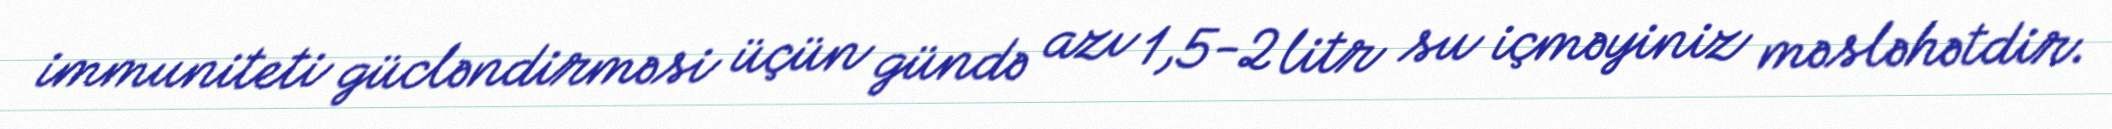
immuniteti gücləndirməsi üçün gündə azı 1,5-2 litr su içməyiniz məsləhətdir.